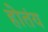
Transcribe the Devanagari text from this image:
होतंय